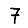
Digit: 7